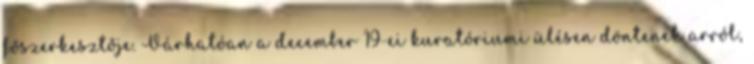
főszerkesztője. Várhatóan a december 19-ei kuratóriumi ülésen döntenek arról,